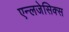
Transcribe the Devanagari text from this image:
एन्लजेसिक्स